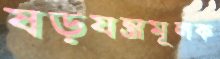
ষড়যন্ত্রমূলক